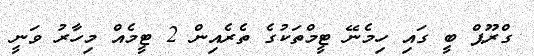
ގްރޫޕް ބީ ގައި ހިމެނޭ ޓީމްތަކުގެ ތެރެއިން 2 ޓީމެއް މިހާރު ވަނީ